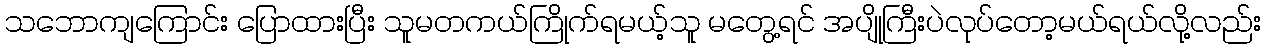
သဘောကျကြောင်း ပြောထားပြီး သူမတကယ်ကြိုက်ရမယ့်သူ မတွေ့ရင် အပျိုကြီးပဲလုပ်တော့မယ်ရယ်လို့လည်း